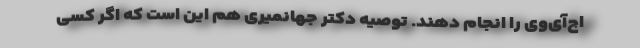
اچ‌آی‌وی را انجام دهند. توصیه دکتر جهانمیری هم این است که اگر کسی